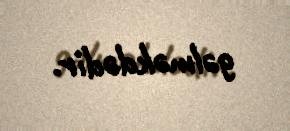
gəlməkdədir.